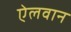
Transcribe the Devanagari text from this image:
ऐलवान